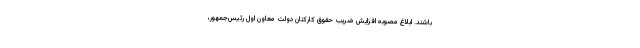
باشند. ابلاغ مصوبه افزایش ضریب حقوق کارکنان دولت معاون اول رئیس‌جمهور،